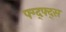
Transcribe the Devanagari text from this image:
फ्ग्द्फ्द्स